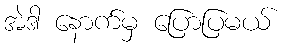
အဲဒါ နောက်မှ ပြောပြမယ်